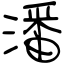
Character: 潘